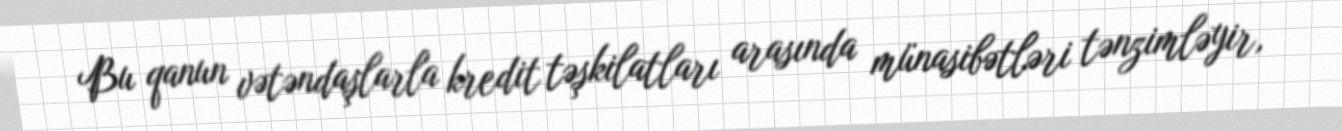
Bu qanun vətəndaşlarla kredit təşkilatları arasında münasibətləri tənzimləyir,